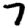
Digit: 7